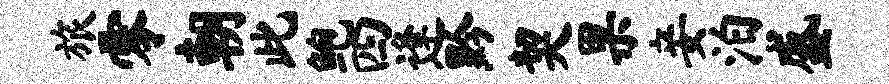
旅零朝此鲍四逢黔契果妾泊盛